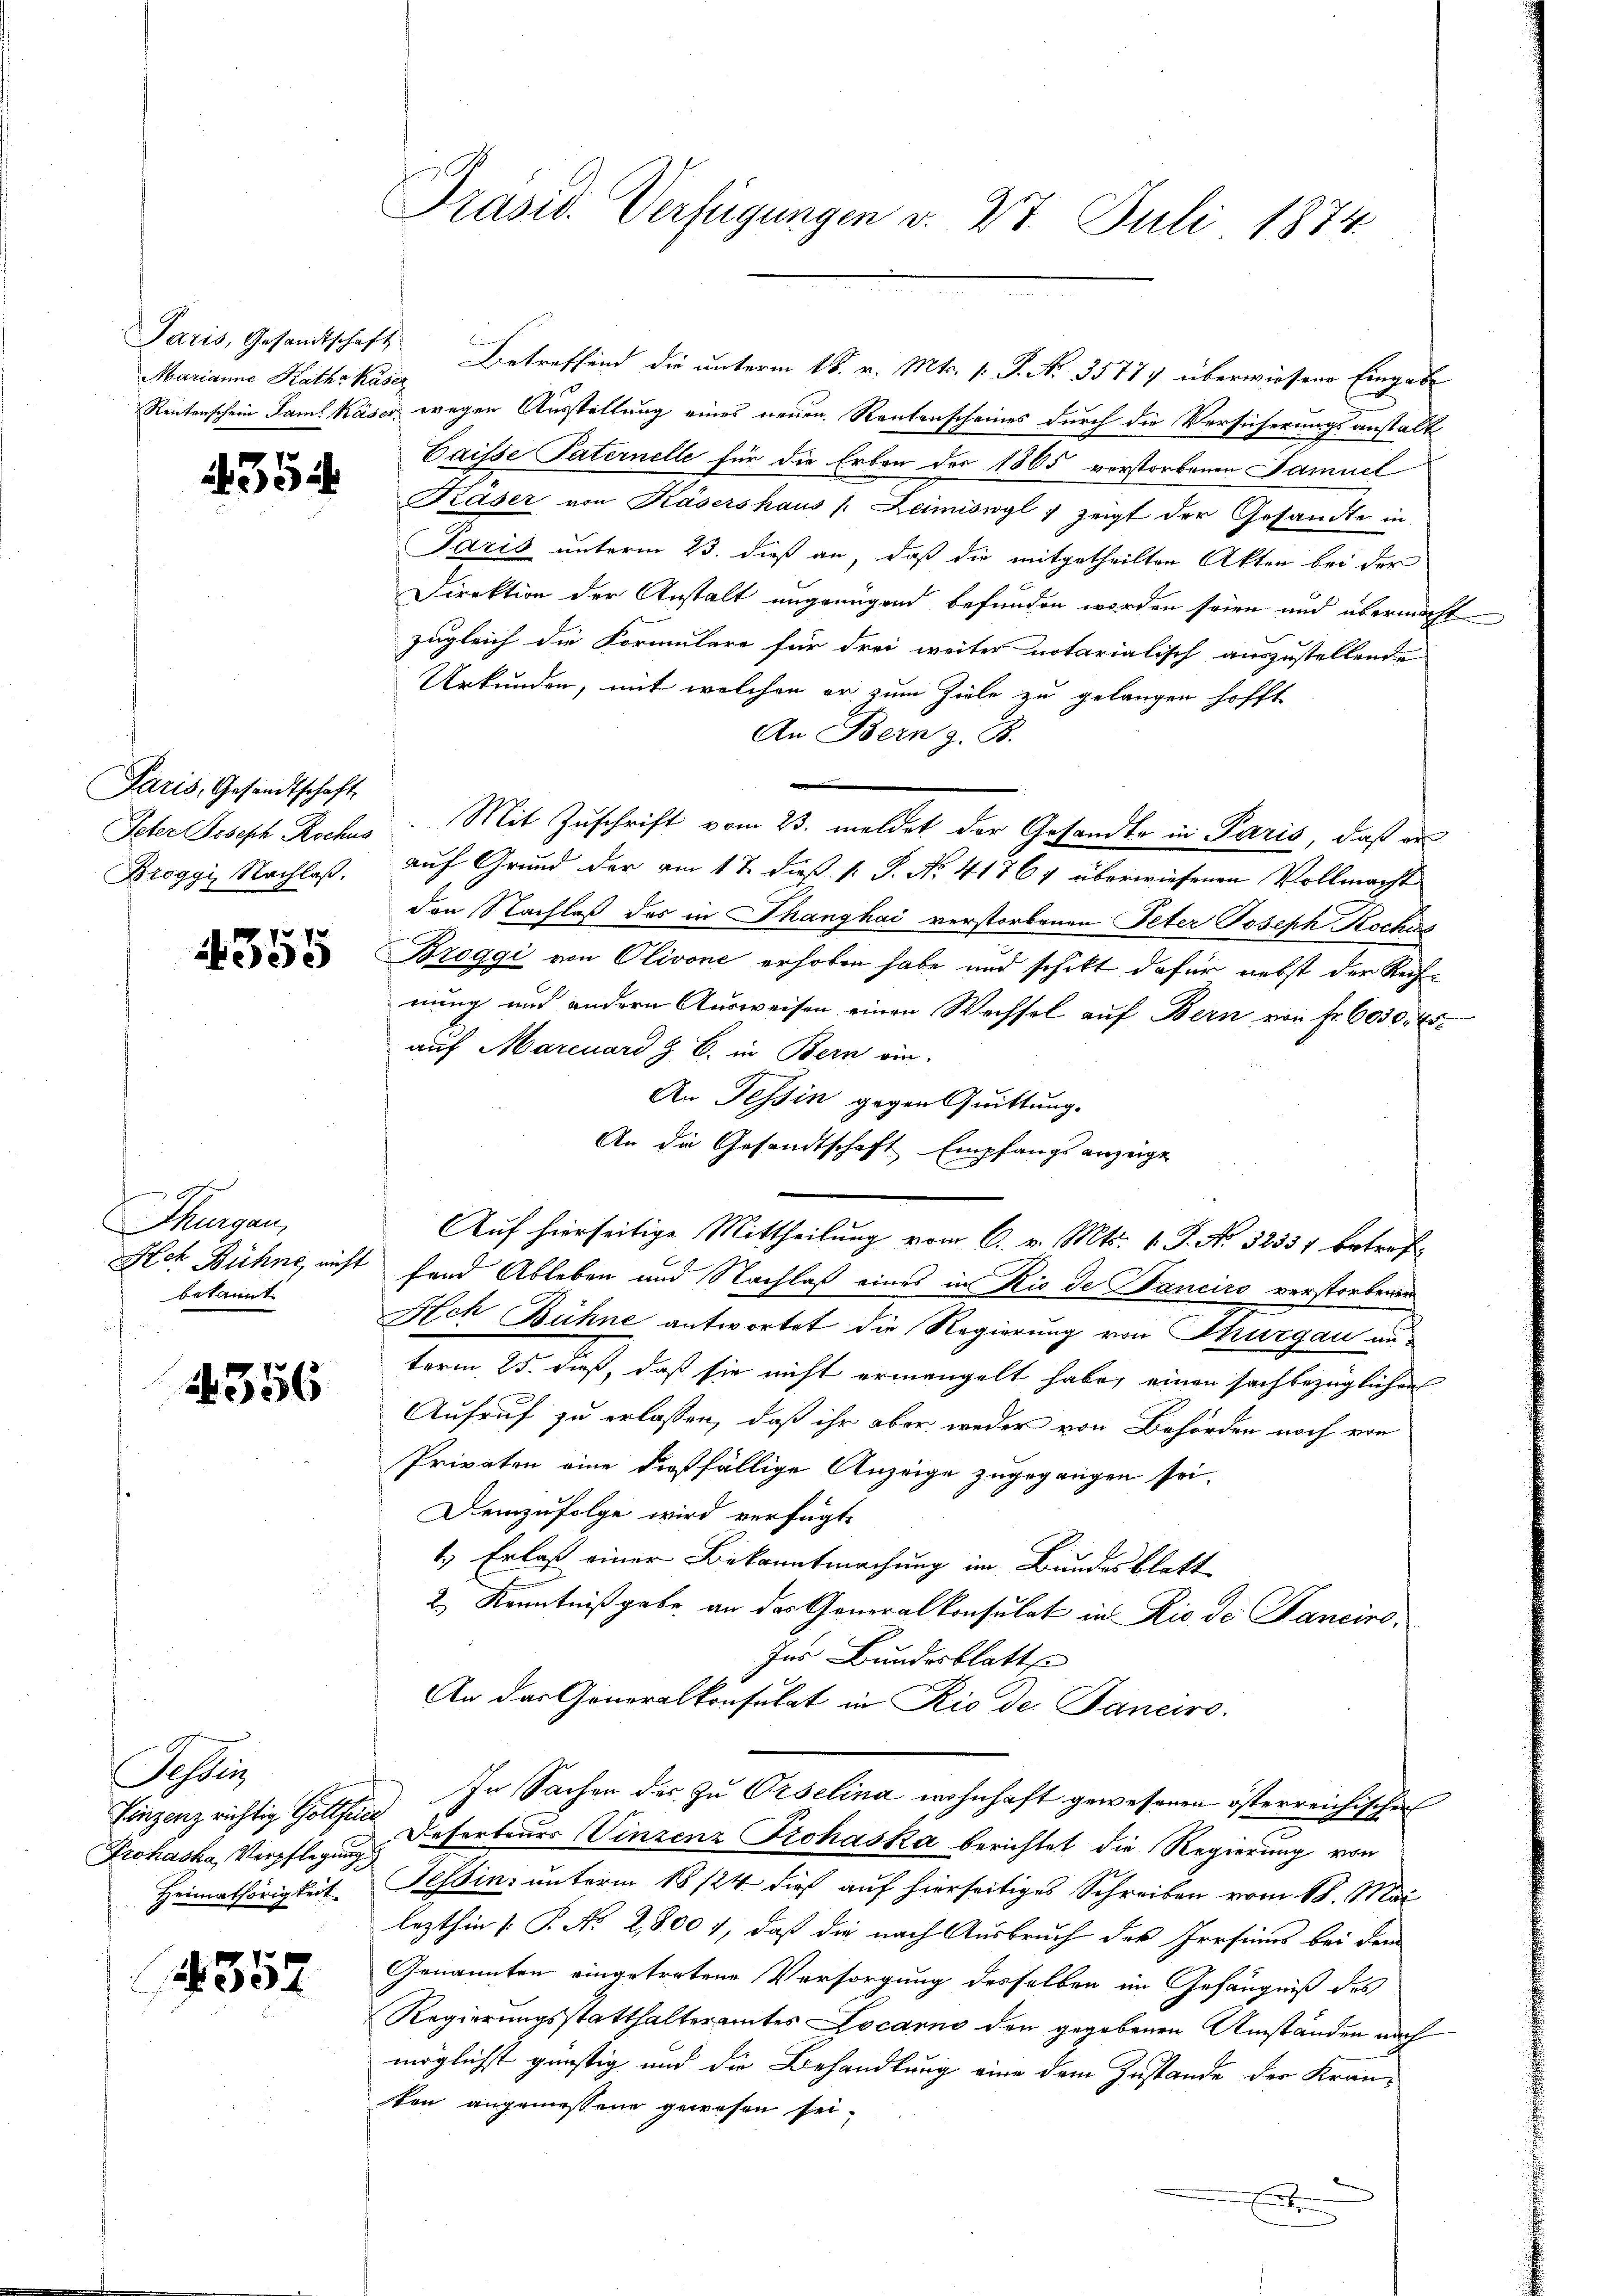
Marianne Kathe Kaser

p
33

Paris, Gesandtschaft,
Broggi, Nachlaß.

4355

Thurgau,
Ach Bühne, nicht
bekannt.

356

Tessin
Vinzenz richtig Gottfra
Prohaska Verpflegung
Heimathörigkeit

1352

Präsid. Verfügungen v. 27. Juli 1874

Paris, Gesandtschaft Betreffend die unterm 18. v. Mts. v. P. Nr. 35774 überwiesene Eingabe
Rentenschein Saml Käser wegen Ausstellung eines neuen Rentenscheines durch die Versicherungsanstalt
Caisse Paternelle für die Erben der 1865 vorstorbenen Samuel
Käser von Käsershaus /: Leimiswyl zeigt der Gesandte in
Paris unterm 23. dieß an, daß die mitgetheilten Akten bei der
Direktion der Anstalt ungenügend befunden worden seien und übermacht
zugleich die Formulare für drei weiter notarialisch auszustellende
Urkunden, mit welchen er zum Ziele zu gelangen hofft
An Bern z. B.
Peter Joseph Rockes: Mit Zuschrift vom 23. meldet der Gesandte in Paris, daß er
auf Grund der am 17. dieß. k. P. No. 41764 überwiesenen Vollmacht
den Nachlaß des in Thanghai verstorbenen Peter Joseph Kochus
Broggi von Olivone erhoben habe und schikt dafür nebst der Rechnung und andern Ausweisen einen Wechsel auf Bern von Fr. 6030, 45
auf Marcuard & B. in Bern ein-
An Tessin gegen Quittung.
An die Gesandtschaft Empfangsanzeige
Auf hierseitige Mittheilung vom 6. v. Mts. 1. P. No. 32337 betreffe
fand Ableben und Nachlaß eines in Rio de Banciro verstorbenen
Ach Bühne antwortet die Regierung von Thurgau anterm 25. dieß, daß sie nicht ermangelt habe, einen sachbezüglichen
Aufruf zu erlassen, daß ihr aber weder von Behörden noch von
Privaten eine dießfällige Anzeige zugegangen sei.
Demzufolge wird verfügt,
1.) Erlaß einer Bekanntmachung im Bundesblatt
2.) Kenntnißgabe an das Generalkonsulat in Rio de Fanciro-
Ins Bundesblatte
An das Generalkonsulat in Rio de. Janeiro.
In Sachen des zu Orselina wohnhaft gewesenen österreichischer
Deserteurs Vinzenz Prohaska berichtet die Regierung von
Tessin, unterm 18 1/24. dieß auf hierseitiges Schreiben vom 18. Mai
lezthin [ P. No 2,8001, daß die nach Ausbruch des Irrsinns bei dem
Genannten eingetretene Versorgung desselben im Gefängniß des
Regierungsstatthalteramtes Locarno den gegebenen Umständen nach
möglichst günstig und die Behandlung eine dem Zustande der Kran-
sten angemessene gewesen sei.
e